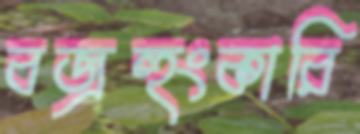
বজ্রহুংকারি